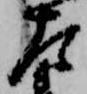
左